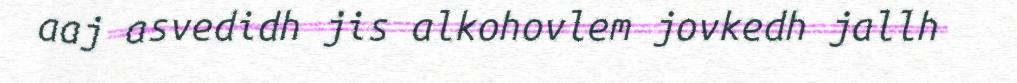
aaj asvedidh jis alkohovlem jovkedh jallh